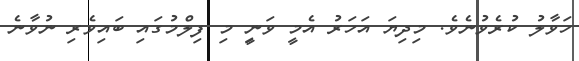
ހަވާލު ކުރެވުނެވެ. މިދިޔަ އަހަރު އެމީ ވަނީި މި ފިލްމުގައި ބައިވެރި ނުވާނެ